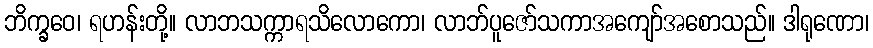
ဘိက္ခဝေ၊ ရဟန်းတို့။ လာဘသက္ကာရသိလောကော၊ လာဘ်ပူဇော်သကာအကျော်အစောသည်။ ဒါရုဏော၊